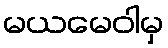
မယမေဝါမှ